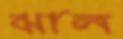
ঝাল